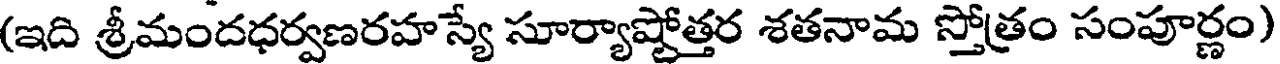
(ఇది శ్రీమందధర్వణరహస్యే సూర్యాష్టోత్తర శతనామ స్తోత్రం సంపూర్ణం)